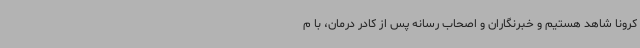
کرونا شاهد هستیم و خبرنگاران و اصحاب رسانه پس از کادر درمان، با م